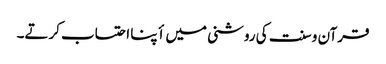
قرآن و سنت کی روشنی میں أپنا احتساب کرتے۔